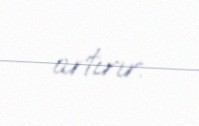
artırır.